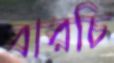
বারচি